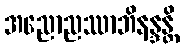
အညောညဿာဘိနန္ဒန္တိ